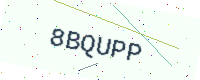
Text: 8BQUPP